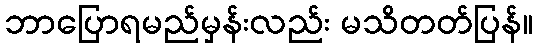
ဘာပြောရမည်မှန်းလည်း မသိတတ်ပြန်။